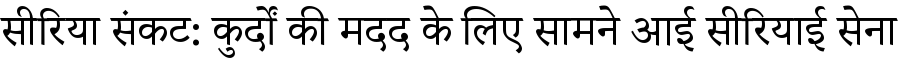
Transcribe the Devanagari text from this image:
सीरिया संकट: कुर्दों की मदद के लिए सामने आई सीरियाई सेना